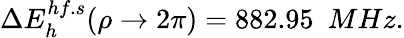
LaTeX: \Delta E_{h}^{hf.s}(\rho\rightarrow 2\pi)=882.95~~MHz.